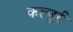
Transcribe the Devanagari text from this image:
कल्छूरी